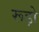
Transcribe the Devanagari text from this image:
रूड़ो